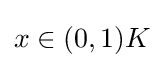
{\textstyle x\in (0,1)K}